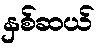
နှစ်ဆယ်